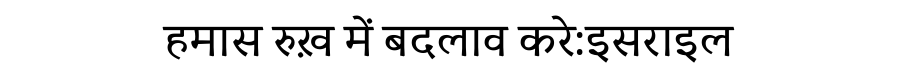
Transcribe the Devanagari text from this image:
हमास रुख़ में बदलाव करे:इसराइल